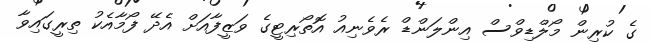
ގެ ކުރިން މޯލްޑިވްސް އިންލަންޑް ރެވެނިއު އޮތޯރިޓީގެ ވަޒީފާއަށް އެދޭ ފޯމާއެކު ތިރީގައިވާ